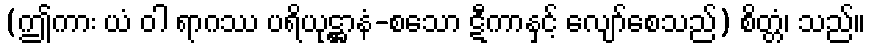
(ဤကား ယံ ဝါ ရာဂဿ ပရိယုဋ္ဌာနံ-စသော ဋီကာနှင့် လျော်စေသည်) စိတ္တံ၊ သည်။